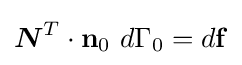
{\boldsymbol {N}}^{T}\cdot \mathbf {n} _{0}~d\Gamma _{0}=d\mathbf {f}